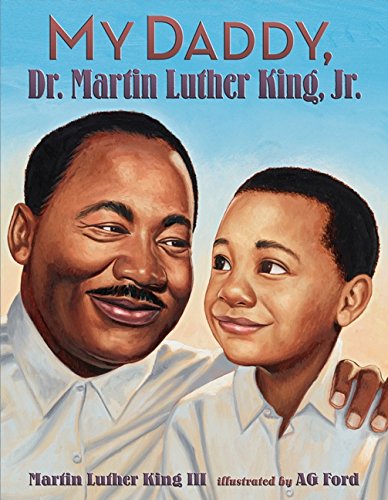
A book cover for My Daddy, Dr. Martin Luther King, Jr.; Martin Luther, III King; Children's Books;